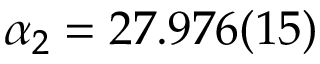
\alpha _ { 2 } = 2 7 . 9 7 6 ( 1 5 )